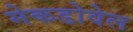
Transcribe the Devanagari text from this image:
मेकडोवेल